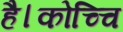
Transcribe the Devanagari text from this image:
है।कोच्चि